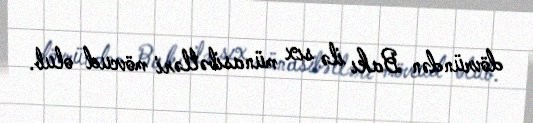
dövründən Bakı ilə sıx münasibətləri mövcud olub.